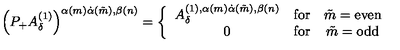
\left( P _ { + } A _ { \delta } ^ { ( 1 ) } \right) ^ { \alpha ( m ) \dot { \alpha } ( \tilde { m } ) , \beta ( n ) } = \left\{ \begin{array} { c c c } { A _ { \delta } ^ { ( 1 ) , \alpha ( m ) \dot { \alpha } ( \tilde { m } ) , \beta ( n ) } } & { \mathrm { f o r } } & { \tilde { m } = \mathrm { e v e n } } \\ { 0 } & { \mathrm { f o r } } & { \tilde { m } = \mathrm { o d d } } \\ \end{array} \right.